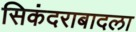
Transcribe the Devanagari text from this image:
सिकंदराबादला